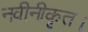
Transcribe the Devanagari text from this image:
नवीनीकृत।